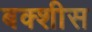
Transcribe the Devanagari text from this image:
बक्शीस